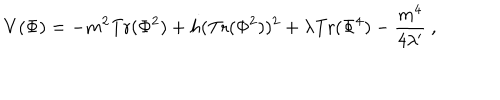
LaTeX: V ( \Phi ) = - m ^ { 2 } \mathrm { T r } ( \Phi ^ { 2 } ) + h ( \mathrm { T r } ( \Phi ^ { 2 } ) ) ^ { 2 } + \lambda \mathrm { T r } ( \Phi ^ { 4 } ) - { \frac { m ^ { 4 } } { 4 \lambda ^ { \prime } } } \ ,